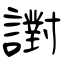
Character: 譵